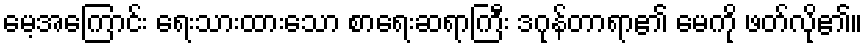
မေ့အကြောင်း ရေးသားထားသော စာရေးဆရာကြီး ဒဂုန်တာရာ၏ မေကို ဖတ်လို၏။